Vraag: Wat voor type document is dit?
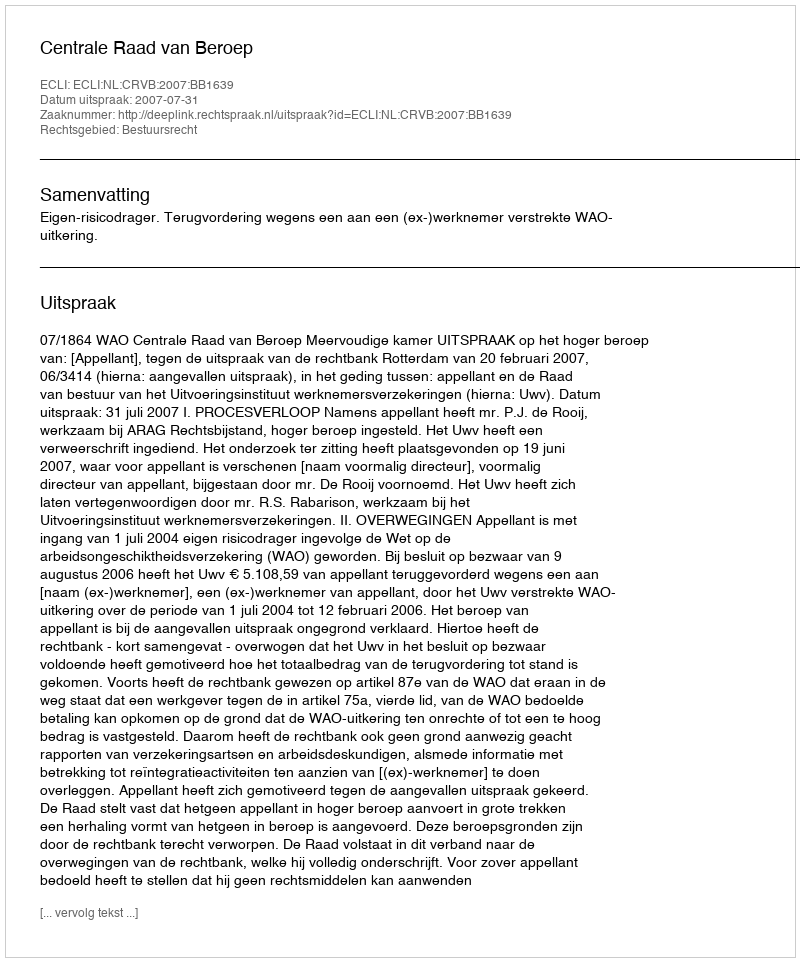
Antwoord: Uitspraak